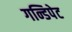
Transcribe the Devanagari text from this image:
गन्डिपेट